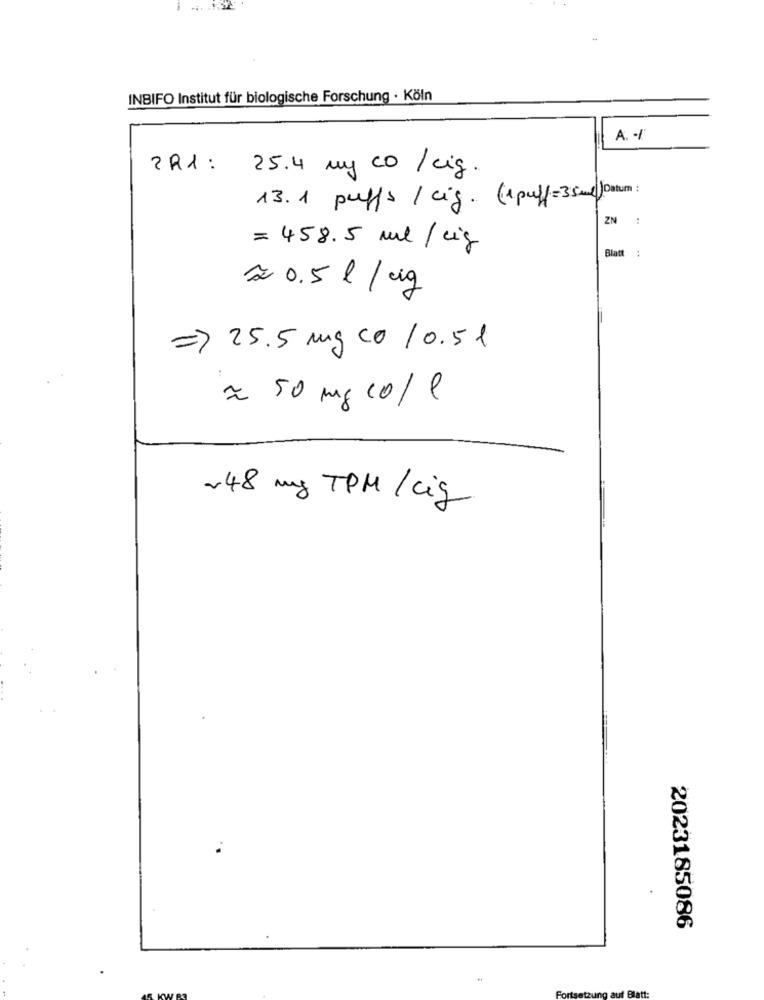
-
INBIFO Institut für biologische Forschung · Köln
A. /
2 R1 :
25.4 my co / cig.
13.1 puffs / cig. (1puff=35ml )Datum :
ZN :
= 458.5 ml / cig
Blatt
= 0.5 l / kg
=> 25.5 mg co /0.51
= 50 mg co/l
~48 mg TPM / cig
2023185086
Fortsetzung auf Blatt: